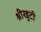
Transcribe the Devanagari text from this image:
श्रीखुटी